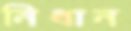
নিধান